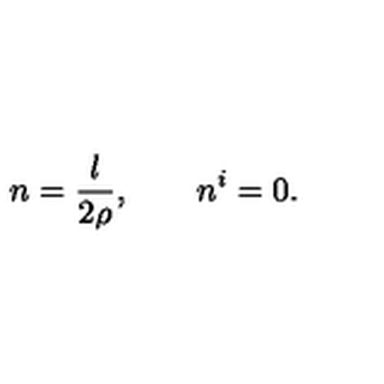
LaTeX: n = \frac { l } { 2 \rho } , \qquad n ^ { i } = 0 .